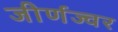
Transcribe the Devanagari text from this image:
जीर्णज्वर